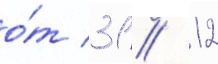
о́т 31 // 12